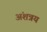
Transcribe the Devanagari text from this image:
अंशत्रय